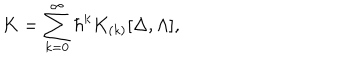
LaTeX: K = \sum _ { k = 0 } ^ { \infty } \hbar ^ { k } K _ { ( k ) } [ \Delta , \Lambda ] ,